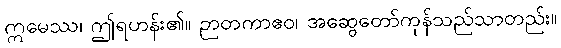
ဣမေဿ၊ ဤရဟန်း၏။ ဉာတကာဧဝ၊ အဆွေတော်ကုန်သည်သာတည်း။